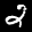
Label: 2